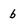
Character: b